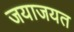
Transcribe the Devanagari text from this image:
जयाजयत